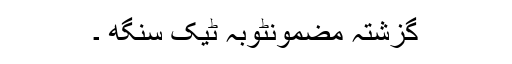
گزشتہ مضمونٹوبہ ٹیک سنگھ ۔